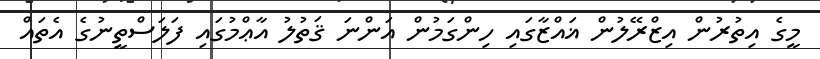
މީގެ އިތުރުން އިޒްރޭލުން ޣައްޒާގައި ހިންގަމުން އަންނަ ޤަތުލު އާޢްމުގައި ފަލަސްތީނުގެ އެތައް